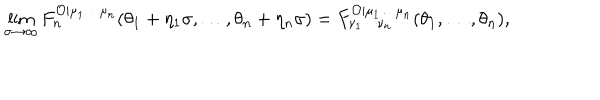
\lim _ { \sigma \rightarrow \infty } F _ { n } ^ { \mathcal { O } | \mu _ { 1 } \ldots \mu _ { n } } ( \theta _ { 1 } + \eta _ { 1 } \sigma , \ldots , \theta _ { n } + \eta _ { n } \sigma ) = F _ { \nu _ { 1 } \cdots \nu _ { n } } ^ { \mathcal { O } | \mu _ { 1 } \ldots \mu _ { n } } ( \theta _ { 1 } , \ldots , \theta _ { n } ) ,